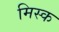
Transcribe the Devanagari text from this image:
मिस्क